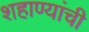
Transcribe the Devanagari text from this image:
शहाण्यांची